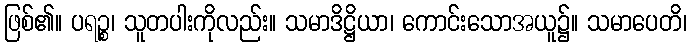
ဖြစ်၏။ ပရဉ္စ၊ သူတပါးကိုလည်း။ သမာဒိဋ္ဌိယာ၊ ကောင်းသောအယူ၌။ သမာပေတိ၊